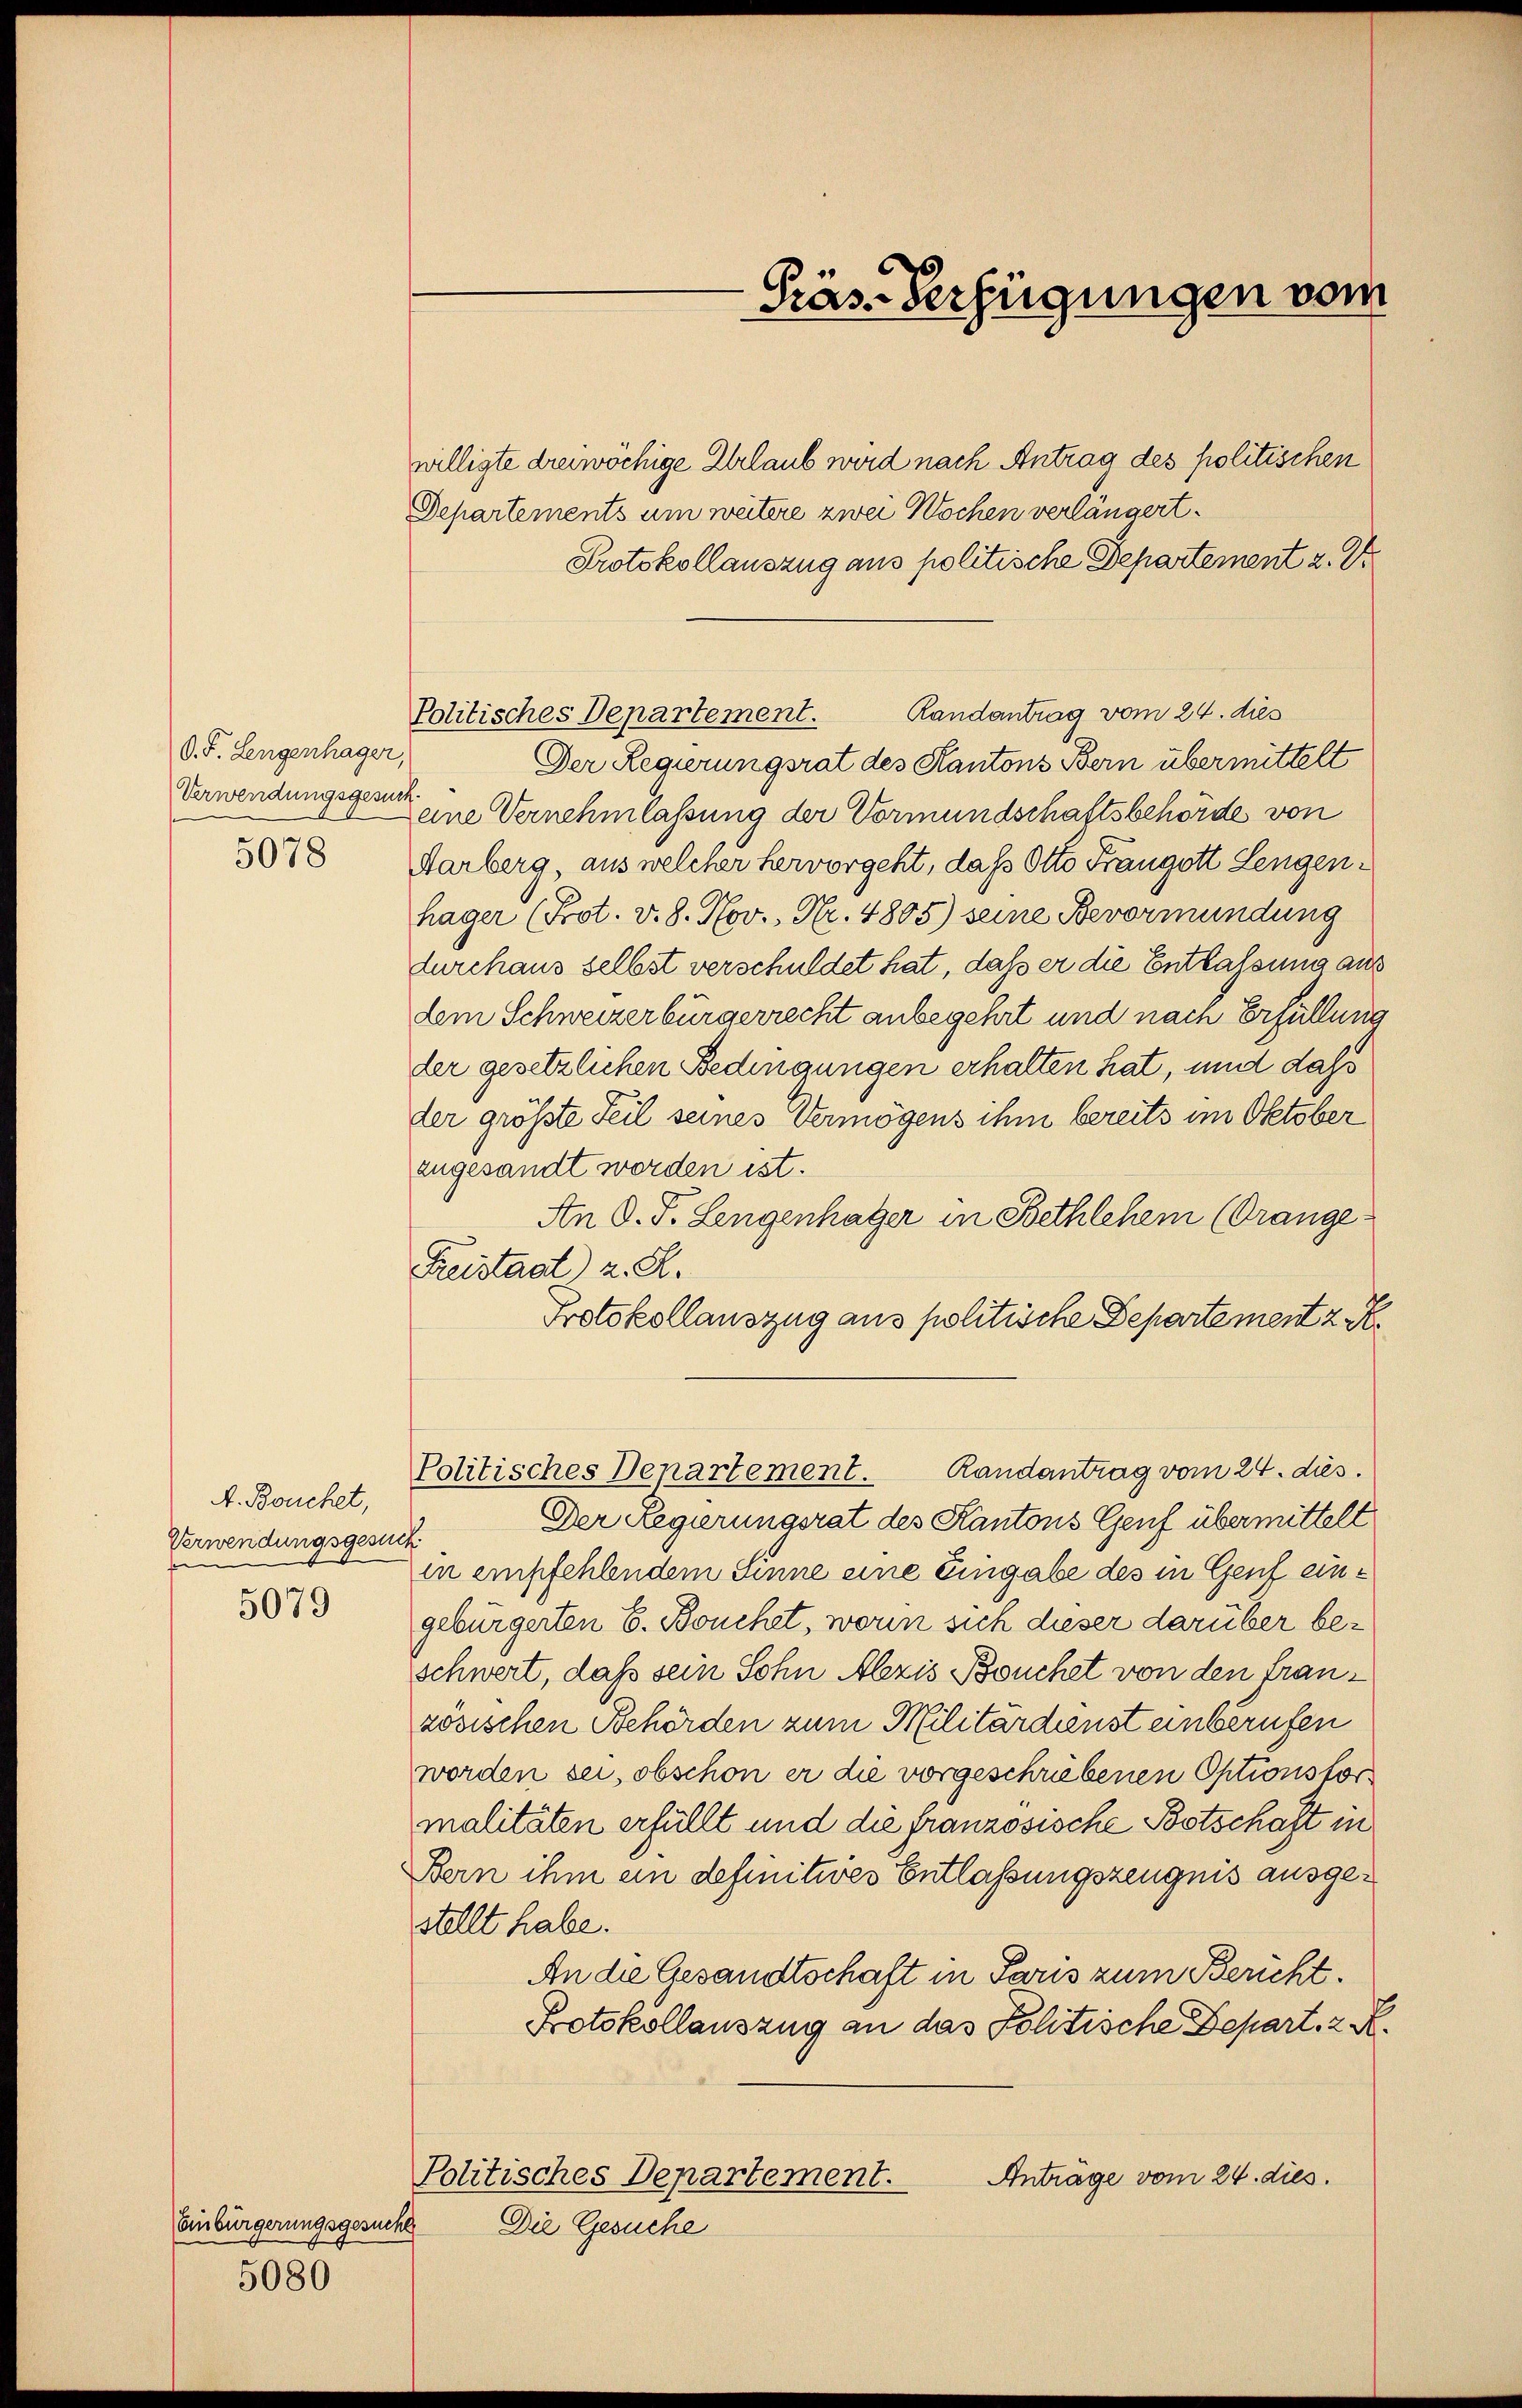
O. F. Lengenhager,
Verwendungsgesun
5078

A. Bouchet,
Verwendungsgesuch.
e
5079

Einbürgerungsgesucht

5080

willigte dreiwöchige Urlaub wird nach Antrag des politischen
Departements um weitere zwei Wochen verlängert.
Protokollauszug aus politische Departement z. Dr.
Randantrag vom 24. dies
Politisches Departement.
Der Regierungsrat des Kantons Bern übermittelt
eine Vernehmlassung der Vormundschaftsbehörde von
Aarberg, aus welcher hervorgeht, daß Otto Frangott Lengenhäger (Prot. v. 8. Nov., Nr. 4805) seine Bevormundung
durchaus selbst verschuldet hat, daß er die Entfaltung an
dem Schweizerbürgerrecht anbegehrt und nach Erfüllung
der gesetzlichen Bedingungen erhalten hat, und dass
der größte Teil seines Vermögens ihm bereits im Oktober
zugesandt worden ist.
An d. J. Lengenhatzer in Bethlehen (Orange¬
Freistadt) z. R.
Protokollauszug aus politische Departement 2 S.
Politisches Departement. Randantrag vom 24. dies.
Der Regierungsrat des Kantons Genf übermittelt
in empfehlendem Sinne eine Eingabe des in Genf eingebürgerten E. Bouchet, worin sich dieser darüber beschwert, daß sein Sohn Abzis Bouchet von den französischen Behörden zum Militärdienst unberufen
worden sei, obschon er die vorgeschriebenen Optionstormalitäten erfüllt und die französische Botschaft in
Bern ihm ein definitives Entlassungszeugnis ausgestellt habe.
An die Gesandtschaft in Paris zum Bericht.
Protokollauszug an das Politische Depart. 2 d
Politisches Departement.
Anträge vom 24. dies.
Die Gesuche

Präs. Verfügungen vom